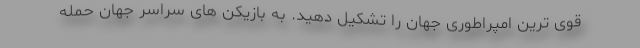
قوی ترین امپراطوری جهان را تشکیل دهید. به بازیکن های سراسر جهان حمله